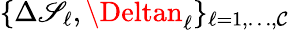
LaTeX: \{ \Delta\mathscr{S}_{\ell},\Deltan_{\ell}\} _{\ell=1,\dots,\mathcal{{C}}}